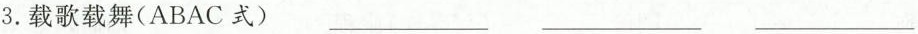
3.载歌载舞（ABAB 式）___ ___ ___